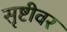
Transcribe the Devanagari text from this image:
सृष्टीवर